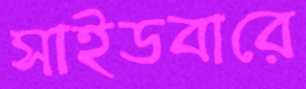
সাইডবারে